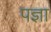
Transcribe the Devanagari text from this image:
पज्ञा